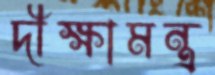
দীক্ষামন্ত্র